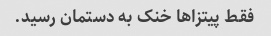
فقط پیتزاها خنک به دستمان رسید.